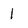
Character: 1